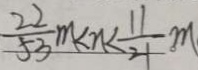
\frac { 2 2 } { 5 3 } m < n < \frac { 1 1 } { 2 1 } m